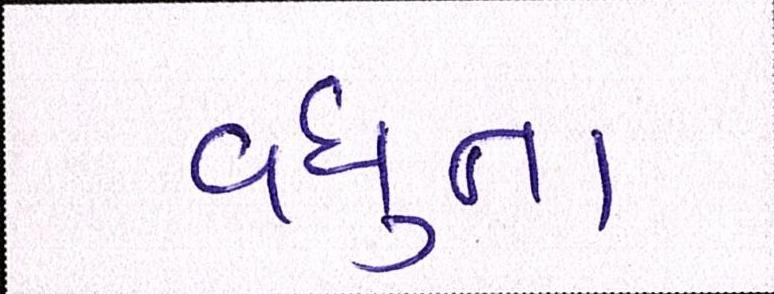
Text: વધુના